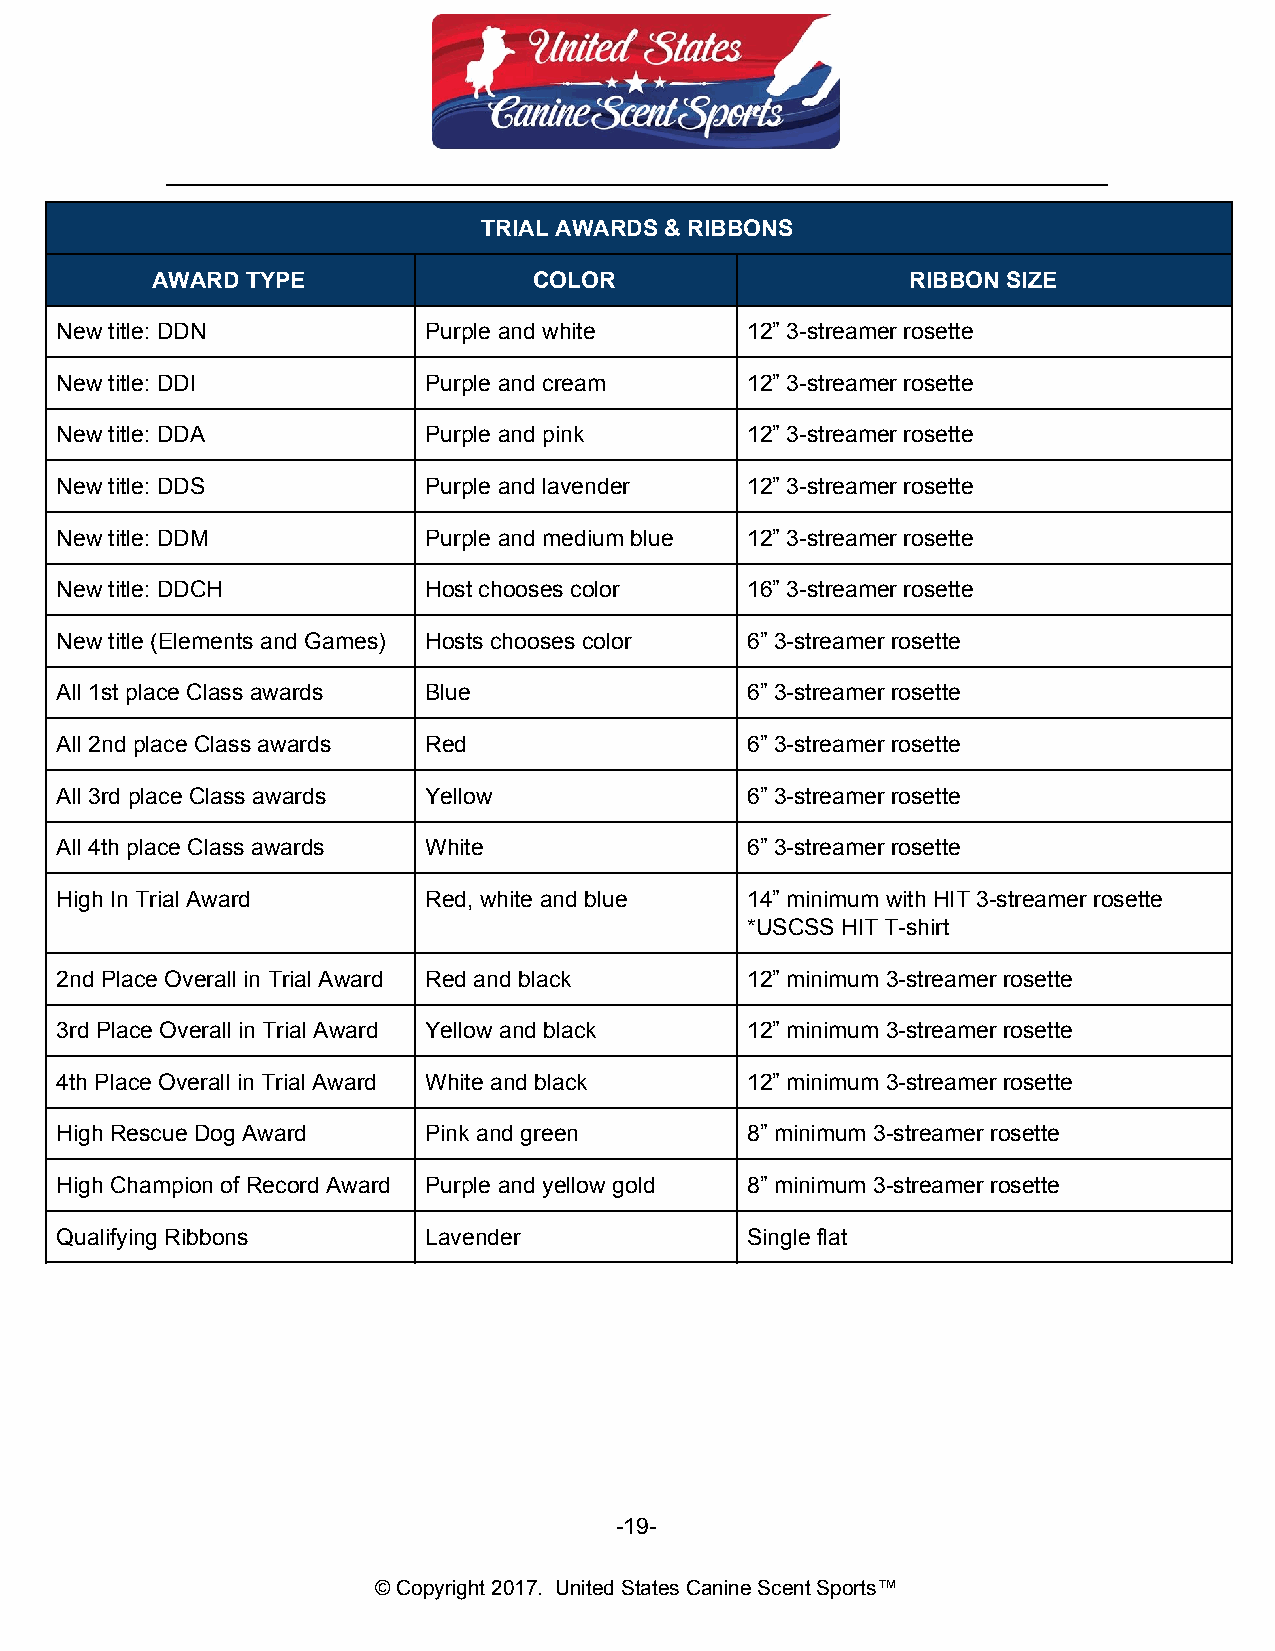
__________________________________________________________________________
 TRIAL AWARDS & RIBBONS
 AWARD TYPE               COLOR                    RIBBON SIZE
 New title: DDN          Purple and white     12” 3-streamer rosette
 New title: DDI          Purple and cream     12” 3-streamer rosette
 New title: DDA          Purple and pink      12” 3-streamer rosette
 New title: DDS          Purple and lavender  12” 3-streamer rosette
 New title: DDM          Purple and medium blue 12” 3-streamer rosette
 New title: DDCH         Host chooses color   16” 3-streamer rosette
 New title (Elements and Games) Hosts chooses color 6” 3-streamer rosette
 All 1st place Class awards Blue              6” 3-streamer rosette
 All 2nd place Class awards Red               6” 3-streamer rosette
 All 3rd place Class awards Yellow            6” 3-streamer rosette
 All 4th place Class awards White             6” 3-streamer rosette
 High In Trial Award     Red, white and blue  14” minimum with HIT 3-streamer rosette
 *USCSS HIT T-shirt
 2nd Place Overall in Trial Award Red and black 12” minimum 3-streamer rosette
 3rd Place Overall in Trial Award Yellow and black 12” minimum 3-streamer rosette
 4th Place Overall in Trial Award White and black 12” minimum 3-streamer rosette
 High Rescue Dog Award   Pink and green       8” minimum 3-streamer rosette
 High Champion of Record Award Purple and yellow gold 8” minimum 3-streamer rosette
 Qualifying Ribbons      Lavender             Single flat
 -19-
 © Copyright 2017. United States Canine Scent Sports™